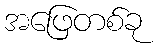
အဖြေတစ်ခု